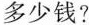
多少钱？